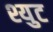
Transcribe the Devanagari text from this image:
श्युट